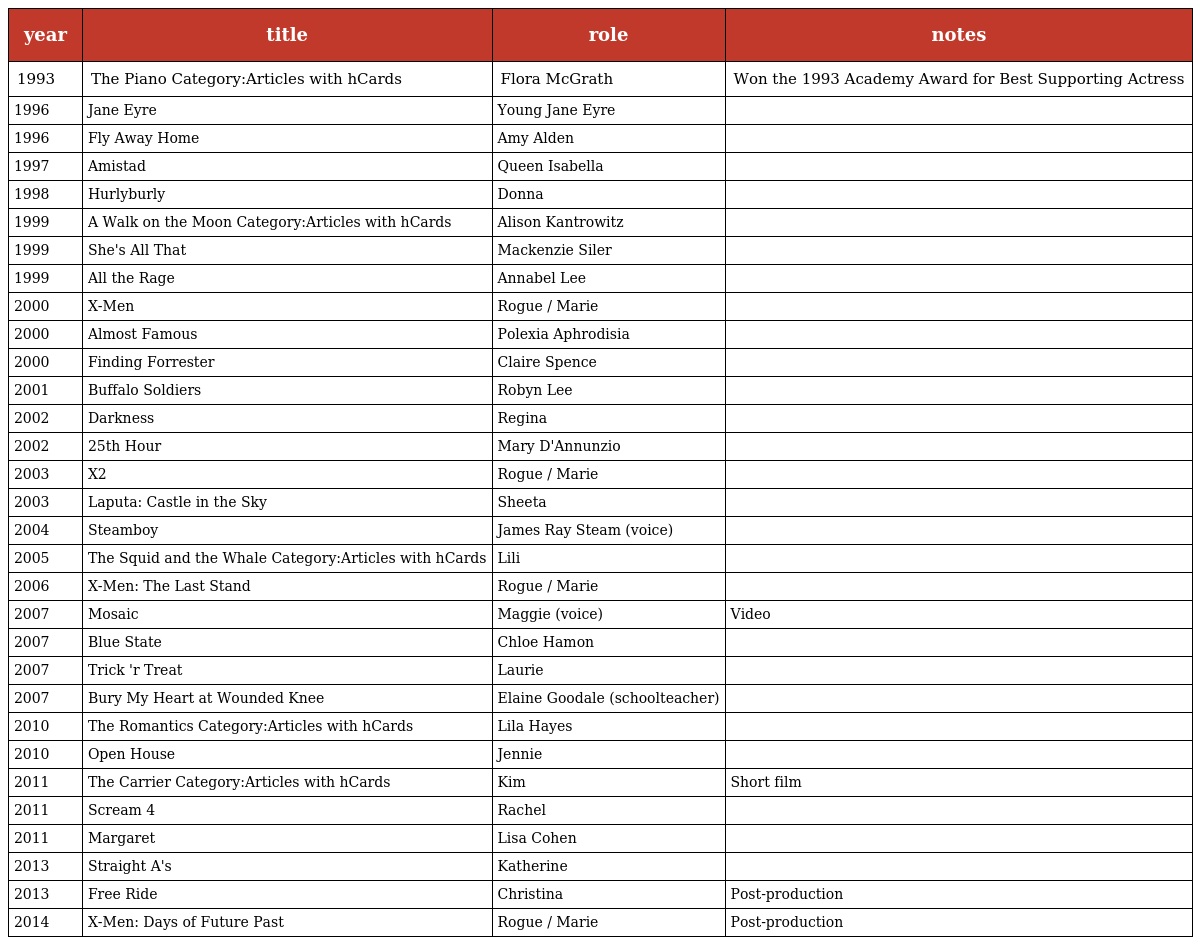
| year | title | role | notes |
 | --- | --- | --- | --- |
 | 1993 | The Piano Category:Articles with hCards | Flora McGrath | Won the 1993 Academy Award for Best Supporting Actress |
 | 1996 | Jane Eyre | Young Jane Eyre |  |
 | 1996 | Fly Away Home | Amy Alden |  |
 | 1997 | Amistad | Queen Isabella |  |
 | 1998 | Hurlyburly | Donna |  |
 | 1999 | A Walk on the Moon Category:Articles with hCards | Alison Kantrowitz |  |
 | 1999 | She's All That | Mackenzie Siler |  |
 | 1999 | All the Rage | Annabel Lee |  |
 | 2000 | X-Men | Rogue / Marie |  |
 | 2000 | Almost Famous | Polexia Aphrodisia |  |
 | 2000 | Finding Forrester | Claire Spence |  |
 | 2001 | Buffalo Soldiers | Robyn Lee |  |
 | 2002 | Darkness | Regina |  |
 | 2002 | 25th Hour | Mary D'Annunzio |  |
 | 2003 | X2 | Rogue / Marie |  |
 | 2003 | Laputa: Castle in the Sky | Sheeta |  |
 | 2004 | Steamboy | James Ray Steam (voice) |  |
 | 2005 | The Squid and the Whale Category:Articles with hCards | Lili |  |
 | 2006 | X-Men: The Last Stand | Rogue / Marie |  |
 | 2007 | Mosaic | Maggie (voice) | Video |
 | 2007 | Blue State | Chloe Hamon |  |
 | 2007 | Trick 'r Treat | Laurie |  |
 | 2007 | Bury My Heart at Wounded Knee | Elaine Goodale (schoolteacher) |  |
 | 2010 | The Romantics Category:Articles with hCards | Lila Hayes |  |
 | 2010 | Open House | Jennie |  |
 | 2011 | The Carrier Category:Articles with hCards | Kim | Short film |
 | 2011 | Scream 4 | Rachel |  |
 | 2011 | Margaret | Lisa Cohen |  |
 | 2013 | Straight A's | Katherine |  |
 | 2013 | Free Ride | Christina | Post-production |
 | 2014 | X-Men: Days of Future Past | Rogue / Marie | Post-production |